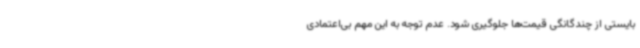
بایستی از چندگانگی قیمت‌ها جلوگیری شود. عدم توجه به این مهم بی‌اعتمادی